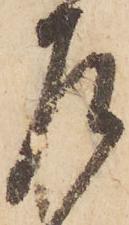
左